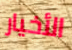
الأخيار